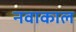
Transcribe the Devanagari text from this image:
नवाकाल